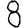
Digit: 8